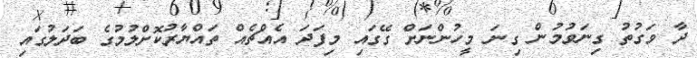
ދާ ވަގުތު ގިނަވުމުން ގިނަ މީހުންނަށް ގޭގައި މިފަދަ އެއްޗެއް ތައްޔާރުކޮށްލުމުގެ ބަދަލުގައި